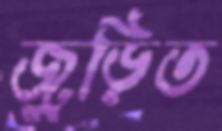
জুড়িত